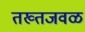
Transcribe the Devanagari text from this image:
तख्तजवळ